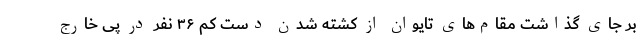
بر جای گذاشت مقام‌های تایوان از کشته شدن دست کم ۳۶ نفر در پی خارج